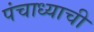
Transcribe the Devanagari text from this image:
पंचाध्याची